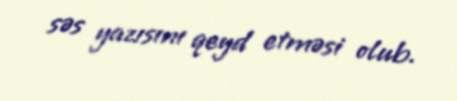
səs yazısını qeyd etməsi olub.